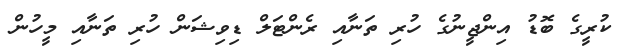
ކުރީގެ ބޮޑު އިންޖީނުގެ ހުރި ތަނާއި ރެންޓަލް ޑިވިޝަން ހުރި ތަނާއި މީހުން